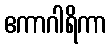
ဧကာဂါရိကာ